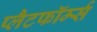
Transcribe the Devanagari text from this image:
प्लैटफॉर्म्स